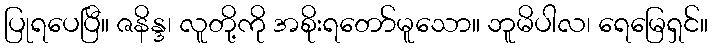
ပြုရပေပြီ။ ဇနိန္ဒ၊ လူတို့ကို အစိုးရတော်မူသော။ ဘူမိပါလ၊ ရေမြေရှင်။